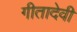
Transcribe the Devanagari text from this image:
गीतादेवी